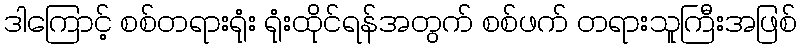
ဒါကြောင့် စစ်တရားရုံး ရုံးထိုင်ရန်အတွက် စစ်ဖက် တရားသူကြီးအဖြစ်